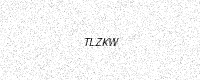
Text: TLZKW